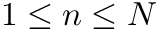
1 \leq n \leq N